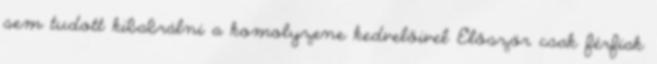
sem tudott kibabrálni a komolyzene kedvelőivel Először csak férfiak